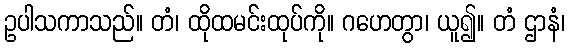
ဥပါသကာသည်။ တံ၊ ထိုထမင်းထုပ်ကို။ ဂဟေတွာ၊ ယူ၍။ တံ ဌာနံ၊